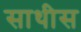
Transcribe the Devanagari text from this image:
साथीस